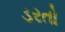
ડરતો